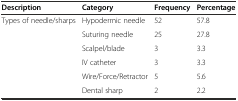
<table><thead><tr><td><b>Description</b></td><td><b>Category</b></td><td><b>Frequency</b></td><td><b>Percentage</b></td></tr></thead><tbody><tr><td>Types of needle/sharps</td><td>Hypodermic needle</td><td>52</td><td>57.8</td></tr><tr><td></td><td>Suturing needle</td><td>25</td><td>27.8</td></tr><tr><td></td><td>Scalpel/blade</td><td>3</td><td>3.3</td></tr><tr><td></td><td>IV catheter</td><td>3</td><td>3.3</td></tr><tr><td></td><td>Wire/Force/Retractor</td><td>5</td><td>5.6</td></tr><tr><td></td><td>Dental sharp</td><td>2</td><td>2.2</td></tr></tbody></table>